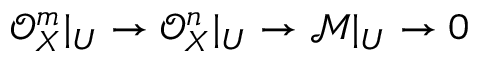
{ \mathcal { O } } _ { X } ^ { m } | _ { U } \to { \mathcal { O } } _ { X } ^ { n } | _ { U } \to { \mathcal { M } } | _ { U } \to 0